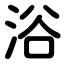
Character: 浴